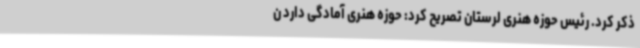
ذکر کرد. رئیس حوزه هنری لرستان تصریح کرد: حوزه هنری آمادگی دارد ن